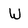
Character: W